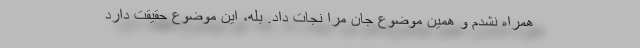
همراه نشدم و همین موضوع جان مرا نجات داد. بله، این موضوع حقیقت دارد